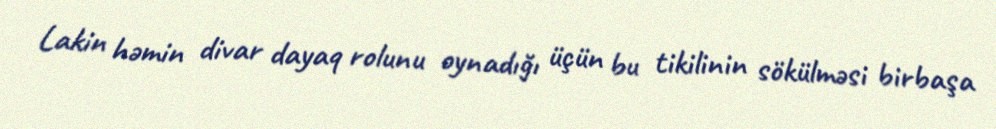
Lakin həmin divar dayaq rolunu oynadığı üçün bu tikilinin sökülməsi birbaşa